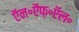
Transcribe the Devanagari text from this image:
ऍन॰ऍफ़॰ऍल॰